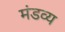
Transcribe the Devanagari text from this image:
मंडव्य